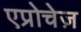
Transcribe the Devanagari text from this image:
एप्रोचेज़